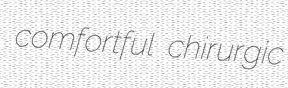
comfortful chirurgic